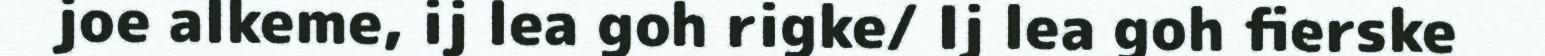
joe alkeme, ij lea goh rigke/ Ij lea goh fierske